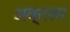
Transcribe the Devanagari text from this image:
अक्रसर